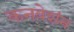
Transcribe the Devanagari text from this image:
कनवेशंन